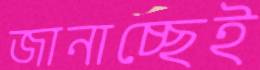
জানাচ্ছেই